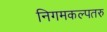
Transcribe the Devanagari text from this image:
निगमकल्पतरु